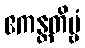
ဧကန္တတိဗ္ဗံ